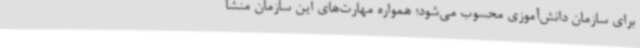
برای سازمان دانش‌آموزی محسوب می‌شود؛ همواره مهارت‌های این سازمان منشا